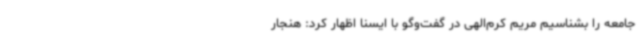
جامعه را بشناسیم مریم کرم‌الهی در گفت‌وگو با ایسنا اظهار کرد: هنجار